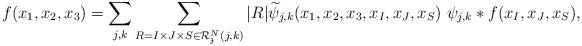
LaTeX: \begin{align*} f(x_1, x_2, x_3)= \sum \limits_{j,k}\sum_{ R=I\times J\times S\in \mathcal R^N_{\frak z}(j,k) } |R|\widetilde \psi_{j,k}(x_1, x_2, x_3,x_I,x_J,x_S) \ \psi _{j,k}*f(x_I, x_J, x_S),\end{align*}